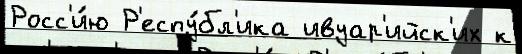
Росс'и́ю Р'еспу́бл'ика ивуар'ийск'их к